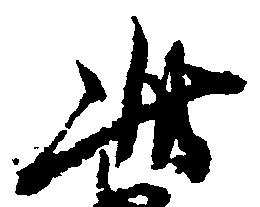
此